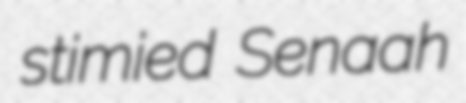
stimied Senaah